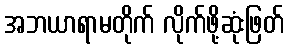
အဘယာရာမတိုက် လိုက်ဖို့ဆုံးဖြတ်